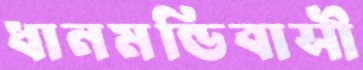
ধানমন্ডিবাসী